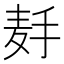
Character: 𱋉